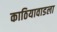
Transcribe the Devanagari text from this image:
काठियावाडला